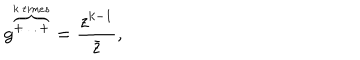
LaTeX: g ^ { \overbrace { + \ldots + } ^ { k \: t i m e s } } = \frac { z ^ { k - 1 } } { \bar { z } } ,